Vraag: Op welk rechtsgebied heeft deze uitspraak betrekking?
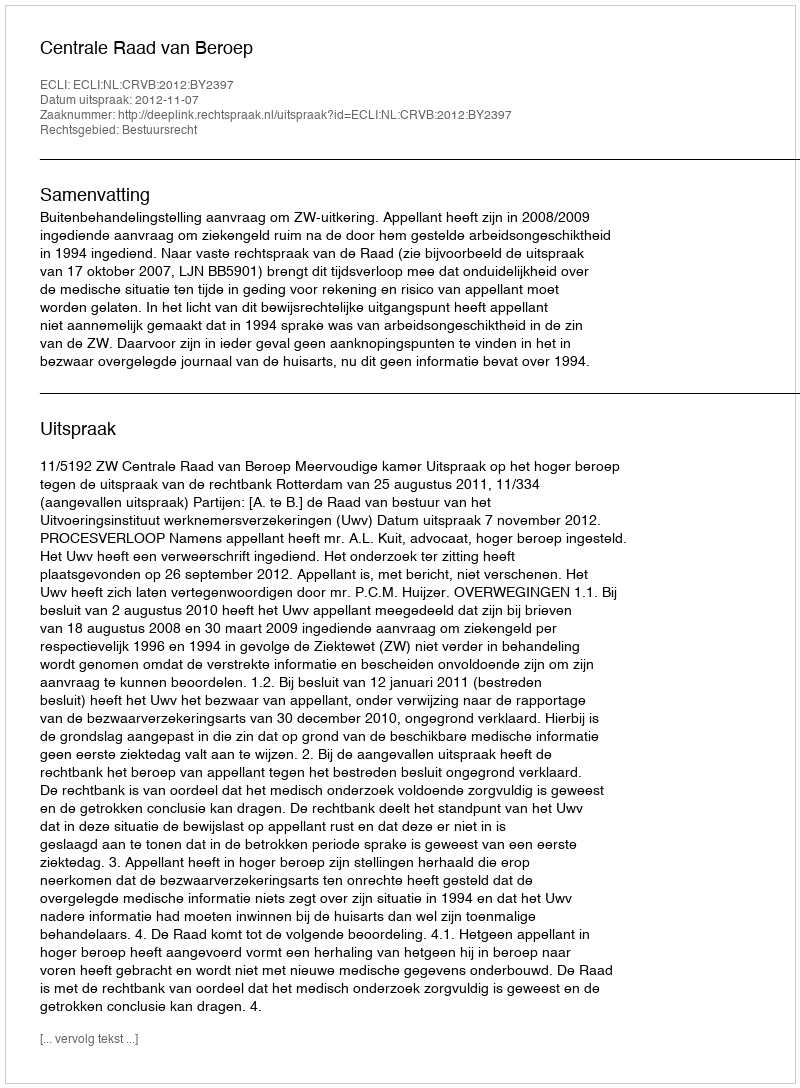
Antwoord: Bestuursrecht